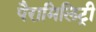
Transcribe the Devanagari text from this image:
पैरामिलिट्री